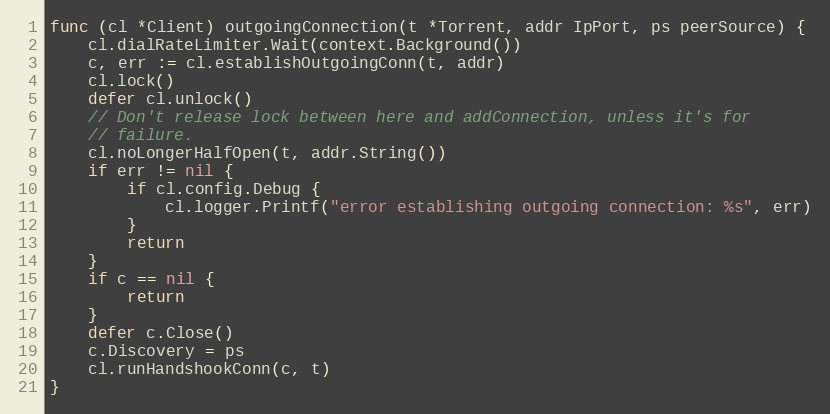
Language: Go
func (cl *Client) outgoingConnection(t *Torrent, addr IpPort, ps peerSource) {
	cl.dialRateLimiter.Wait(context.Background())
	c, err := cl.establishOutgoingConn(t, addr)
	cl.lock()
	defer cl.unlock()
	// Don't release lock between here and addConnection, unless it's for
	// failure.
	cl.noLongerHalfOpen(t, addr.String())
	if err != nil {
		if cl.config.Debug {
			cl.logger.Printf("error establishing outgoing connection: %s", err)
		}
		return
	}
	if c == nil {
		return
	}
	defer c.Close()
	c.Discovery = ps
	cl.runHandshookConn(c, t)
}